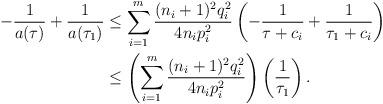
LaTeX: \begin{align*}- \frac{1}{a(\tau)}+ \frac{1}{a(\tau_1)} & \leq \sum_{i=1}^m \frac{(n_i+1)^2 q_i^2}{4n_ip_i^2} \left (- \frac{1}{\tau +c_i} + \frac{1}{\tau_1 +c_i} \right ) \\& \leq \left ( \sum_{i=1}^m \frac{(n_i+1)^2 q_i^2}{4n_ip_i^2 } \right) \left(\frac{1}{\tau_1} \right).\end{align*}